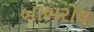
બાબરોલ